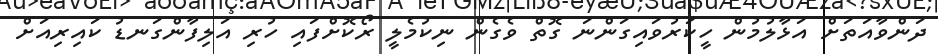
ދަންވާއަތަށް އަޅާލުމުން ހީކަރުވައިގަންނަ ގޮތް ވެގެން ނިކުމެލީ ރޯކޮށްފައި ހުރި އަލިފާންގަނޑު ކައިރިއަށް